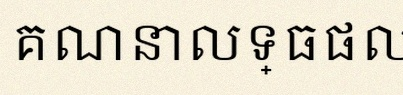
គណនាលទ្ធផលចុងក្រោយ